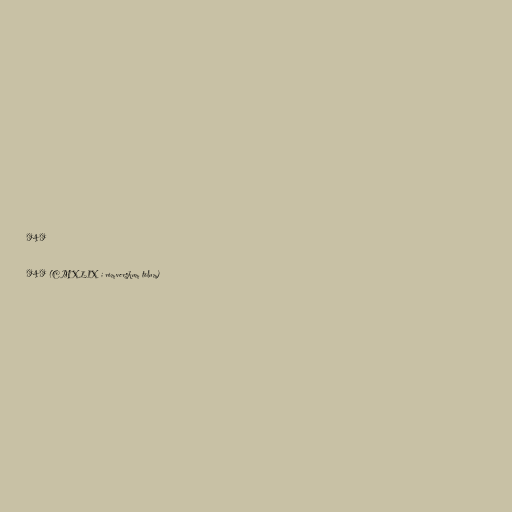
949

949 (CMXLIX í rómverskum tölum)